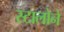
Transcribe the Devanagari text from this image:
स्टालोने